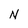
Character: N